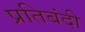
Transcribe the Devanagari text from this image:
प्रतिबंदी